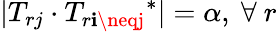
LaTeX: |T_{rj}\cdot{T_{r{\mathbf{i}\neqj}}}^{*}|=\alpha,~\forall~r